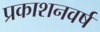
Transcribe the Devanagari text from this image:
प्रकाशनवर्ष